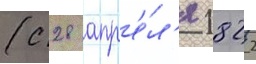
(с 28 апр'е́л'я 1822